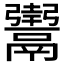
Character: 𬴸